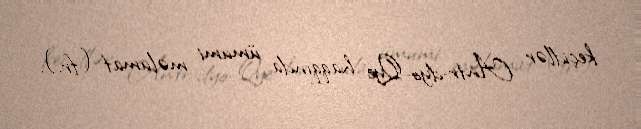
keçidlər Antr-dyo-Qye haqqında ümumi məlumat (fr.).